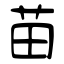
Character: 苗